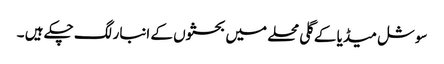
سوشل میڈیا کے گلی محلے میں بحثوں کے انبار لگ چکے ہیں ۔